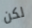
لكن